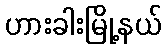
ဟားခါးမြို့နယ်